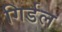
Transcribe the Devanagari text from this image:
गिर्डल